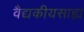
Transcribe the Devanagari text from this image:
वैद्यकीयसाह्य